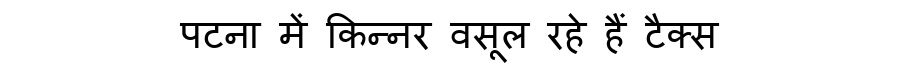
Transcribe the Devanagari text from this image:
पटना में किन्नर वसूल रहे हैं टैक्स